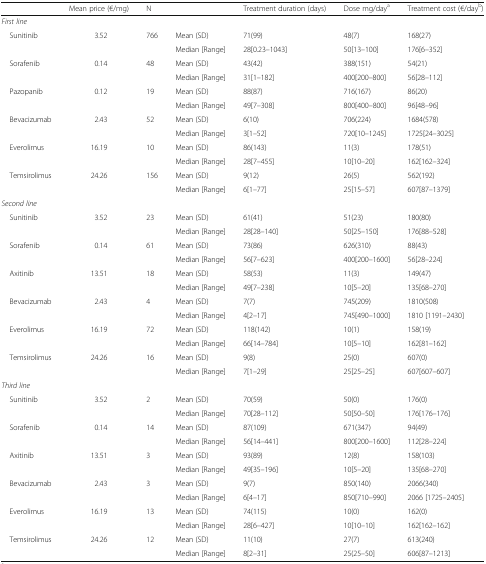
<table><thead><tr><td></td><td><b>Mean price (€/mg)</b></td><td><b>N</b></td><td></td><td><b>Treatment duration (days)</b></td><td><b>Dose mg/day<sup>a</sup></b></td><td><b>Treatment cost (€/day<sup>b</sup>)</b></td></tr></thead><tbody><tr><td colspan="7"><i>First line</i></td></tr><tr><td rowspan="2"> Sunitinib</td><td rowspan="2">3.52</td><td rowspan="2">766</td><td>Mean (SD)</td><td>71(99)</td><td>48(7)</td><td>168(27)</td></tr><tr><td>Median [Range]</td><td>28[0.23–1043]</td><td>50[13–100]</td><td>176[6–352]</td></tr><tr><td rowspan="2"> Sorafenib</td><td rowspan="2">0.14</td><td rowspan="2">48</td><td>Mean (SD)</td><td>43(42)</td><td>388(151)</td><td>54(21)</td></tr><tr><td>Median [Range]</td><td>31[1–182]</td><td>400[200–800]</td><td>56[28–112]</td></tr><tr><td rowspan="2"> Pazopanib</td><td rowspan="2">0.12</td><td rowspan="2">19</td><td>Mean (SD)</td><td>88(87)</td><td>716(167)</td><td>86(20)</td></tr><tr><td>Median [Range]</td><td>49[7–308]</td><td>800[400–800]</td><td>96[48–96]</td></tr><tr><td rowspan="2"> Bevacizumab</td><td rowspan="2">2.43</td><td rowspan="2">52</td><td>Mean (SD)</td><td>6(10)</td><td>706(224)</td><td>1684(578)</td></tr><tr><td>Median [Range]</td><td>3[1–52]</td><td>720[10–1245]</td><td>1725[24–3025]</td></tr><tr><td rowspan="2"> Everolimus</td><td rowspan="2">16.19</td><td rowspan="2">10</td><td>Mean (SD)</td><td>86(143)</td><td>11(3)</td><td>178(51)</td></tr><tr><td>Median [Range]</td><td>28[7–455]</td><td>10[10–20]</td><td>162[162–324]</td></tr><tr><td rowspan="2"> Temsirolimus</td><td rowspan="2">24.26</td><td rowspan="2">156</td><td>Mean (SD)</td><td>9(12)</td><td>26(5)</td><td>562(192)</td></tr><tr><td>Median [Range]</td><td>6[1–77]</td><td>25[15–57]</td><td>607[87–1379]</td></tr><tr><td colspan="7"><i>Second line</i></td></tr><tr><td rowspan="2"> Sunitinib</td><td rowspan="2">3.52</td><td rowspan="2">23</td><td>Mean (SD)</td><td>61(41)</td><td>51(23)</td><td>180(80)</td></tr><tr><td>Median [Range]</td><td>28[28–140]</td><td>50[25–150]</td><td>176[88–528]</td></tr><tr><td rowspan="2"> Sorafenib</td><td rowspan="2">0.14</td><td rowspan="2">61</td><td>Mean (SD)</td><td>73(86)</td><td>626(310)</td><td>88(43)</td></tr><tr><td>Median [Range]</td><td>56[7–623]</td><td>400[200–1600]</td><td>56[28–224]</td></tr><tr><td rowspan="2"> Axitinib</td><td rowspan="2">13.51</td><td rowspan="2">18</td><td>Mean (SD)</td><td>58(53)</td><td>11(3)</td><td>149(47)</td></tr><tr><td>Median [Range]</td><td>49[7–238]</td><td>10[5–20]</td><td>135[68–270]</td></tr><tr><td rowspan="2"> Bevacizumab</td><td rowspan="2">2.43</td><td rowspan="2">4</td><td>Mean (SD)</td><td>7(7)</td><td>745(209)</td><td>1810(508)</td></tr><tr><td>Median [Range]</td><td>4[2–17]</td><td>745[490–1000]</td><td>1810 [1191–2430]</td></tr><tr><td rowspan="2"> Everolimus</td><td rowspan="2">16.19</td><td rowspan="2">72</td><td>Mean (SD)</td><td>118(142)</td><td>10(1)</td><td>158(19)</td></tr><tr><td>Median [Range]</td><td>66[14–784]</td><td>10[5–10]</td><td>162[81–162]</td></tr><tr><td rowspan="2"> Temsirolimus</td><td rowspan="2">24.26</td><td rowspan="2">16</td><td>Mean (SD)</td><td>9(8)</td><td>25(0)</td><td>607(0)</td></tr><tr><td>Median [Range]</td><td>7[1–29]</td><td>25[25–25]</td><td>607[607–607]</td></tr><tr><td colspan="7"><i>Third line</i></td></tr><tr><td rowspan="2"> Sunitinib</td><td rowspan="2">3.52</td><td rowspan="2">2</td><td>Mean (SD)</td><td>70(59)</td><td>50(0)</td><td>176(0)</td></tr><tr><td>Median [Range]</td><td>70[28–112]</td><td>50[50–50]</td><td>176[176–176]</td></tr><tr><td rowspan="2"> Sorafenib</td><td rowspan="2">0.14</td><td rowspan="2">14</td><td>Mean (SD)</td><td>87(109)</td><td>671(347)</td><td>94(49)</td></tr><tr><td>Median [Range]</td><td>56[14–441]</td><td>800[200–1600]</td><td>112[28–224]</td></tr><tr><td rowspan="2"> Axitinib</td><td rowspan="2">13.51</td><td rowspan="2">3</td><td>Mean (SD)</td><td>93(89)</td><td>12(8)</td><td>158(103)</td></tr><tr><td>Median [Range]</td><td>49[35–196]</td><td>10[5–20]</td><td>135[68–270]</td></tr><tr><td rowspan="2"> Bevacizumab</td><td rowspan="2">2.43</td><td rowspan="2">3</td><td>Mean (SD)</td><td>9(7)</td><td>850(140)</td><td>2066(340)</td></tr><tr><td>Median [Range]</td><td>6[4–17]</td><td>850[710–990]</td><td>2066 [1725–2405]</td></tr><tr><td rowspan="2"> Everolimus</td><td rowspan="2">16.19</td><td rowspan="2">13</td><td>Mean (SD)</td><td>74(115)</td><td>10(0)</td><td>162(0)</td></tr><tr><td>Median [Range]</td><td>28[6–427]</td><td>10[10–10]</td><td>162[162–162]</td></tr><tr><td rowspan="2"> Temsirolimus</td><td rowspan="2">24.26</td><td rowspan="2">12</td><td>Mean (SD)</td><td>11(10)</td><td>27(7)</td><td>613(240)</td></tr><tr><td>Median [Range]</td><td>8[2–31]</td><td>25(25–50]</td><td>606[87–1213]</td></tr></tbody></table>